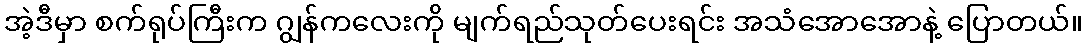
အဲ့ဒီမှာ စက်ရုပ်ကြီးက ဂျွန်ကလေးကို မျက်ရည်သုတ်ပေးရင်း အသံအောအောနဲ့ ပြောတယ်။